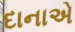
દાનાએ